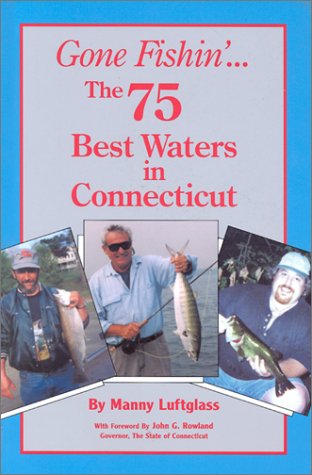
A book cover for Gone Fishin'... The 75 Best Waters in Connecticut (Gone Fishin, 10); Manny Luftglass; Travel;